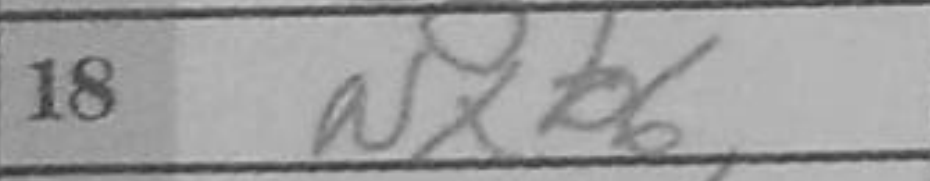
Transcription: Nxb6